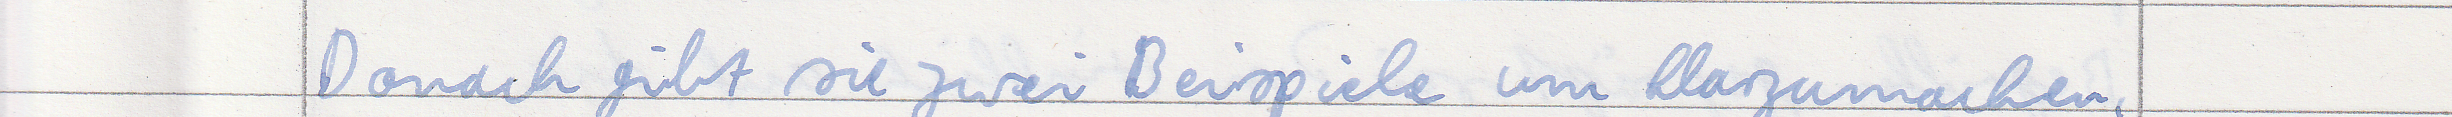
Danach gibt sie zwei Beispiele im klarzumachen,